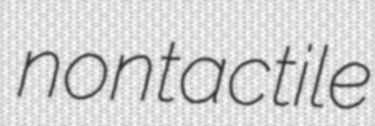
nontactile